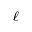
\ell